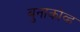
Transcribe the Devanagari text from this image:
बुनाकोव्ह